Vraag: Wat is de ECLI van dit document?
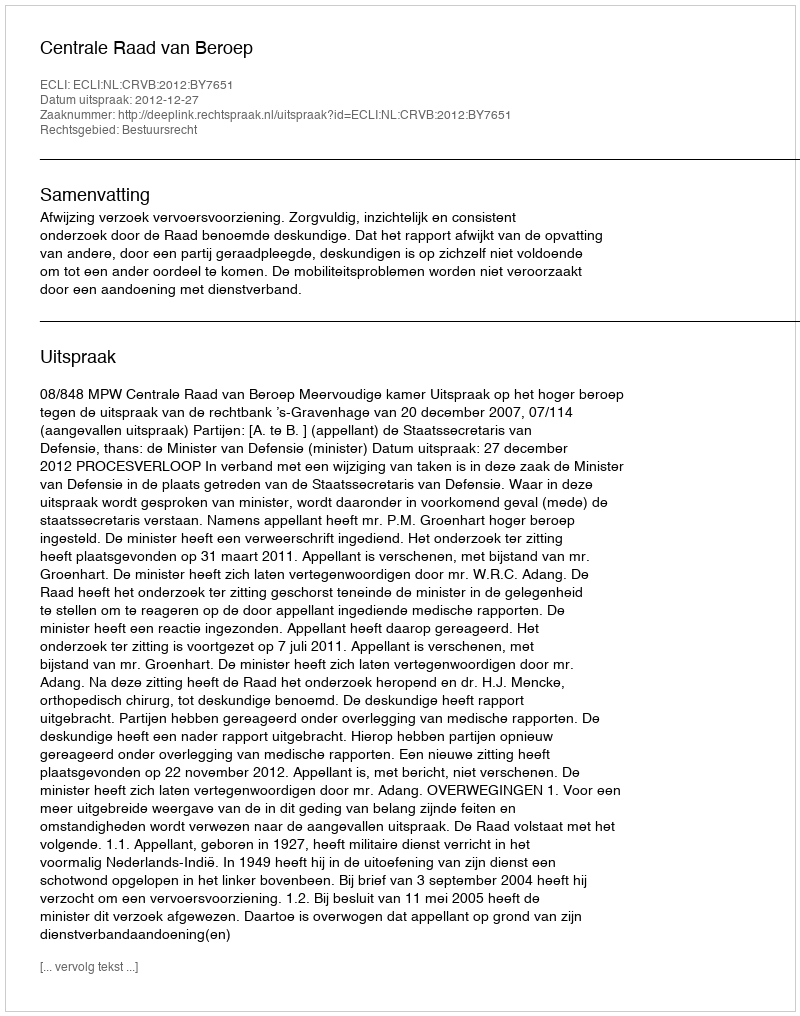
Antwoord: ECLI:NL:CRVB:2012:BY7651